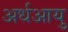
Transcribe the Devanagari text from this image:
अर्धआयु